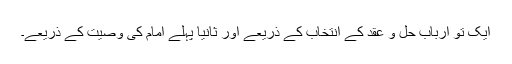
ایک تو ارباب حل و عقد کے انتخاب کے ذریعے اور ثانیاً پہلے امام کی وصیت کے ذریعے۔